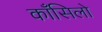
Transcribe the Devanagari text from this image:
काँसिलो